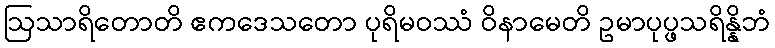
ဩသာရိတောတိ ဧကဒေသတော ပုရိမဝဿံ ဝိနာမေတိ ဥမာပုပ္ဖသရိန္နိဘံ